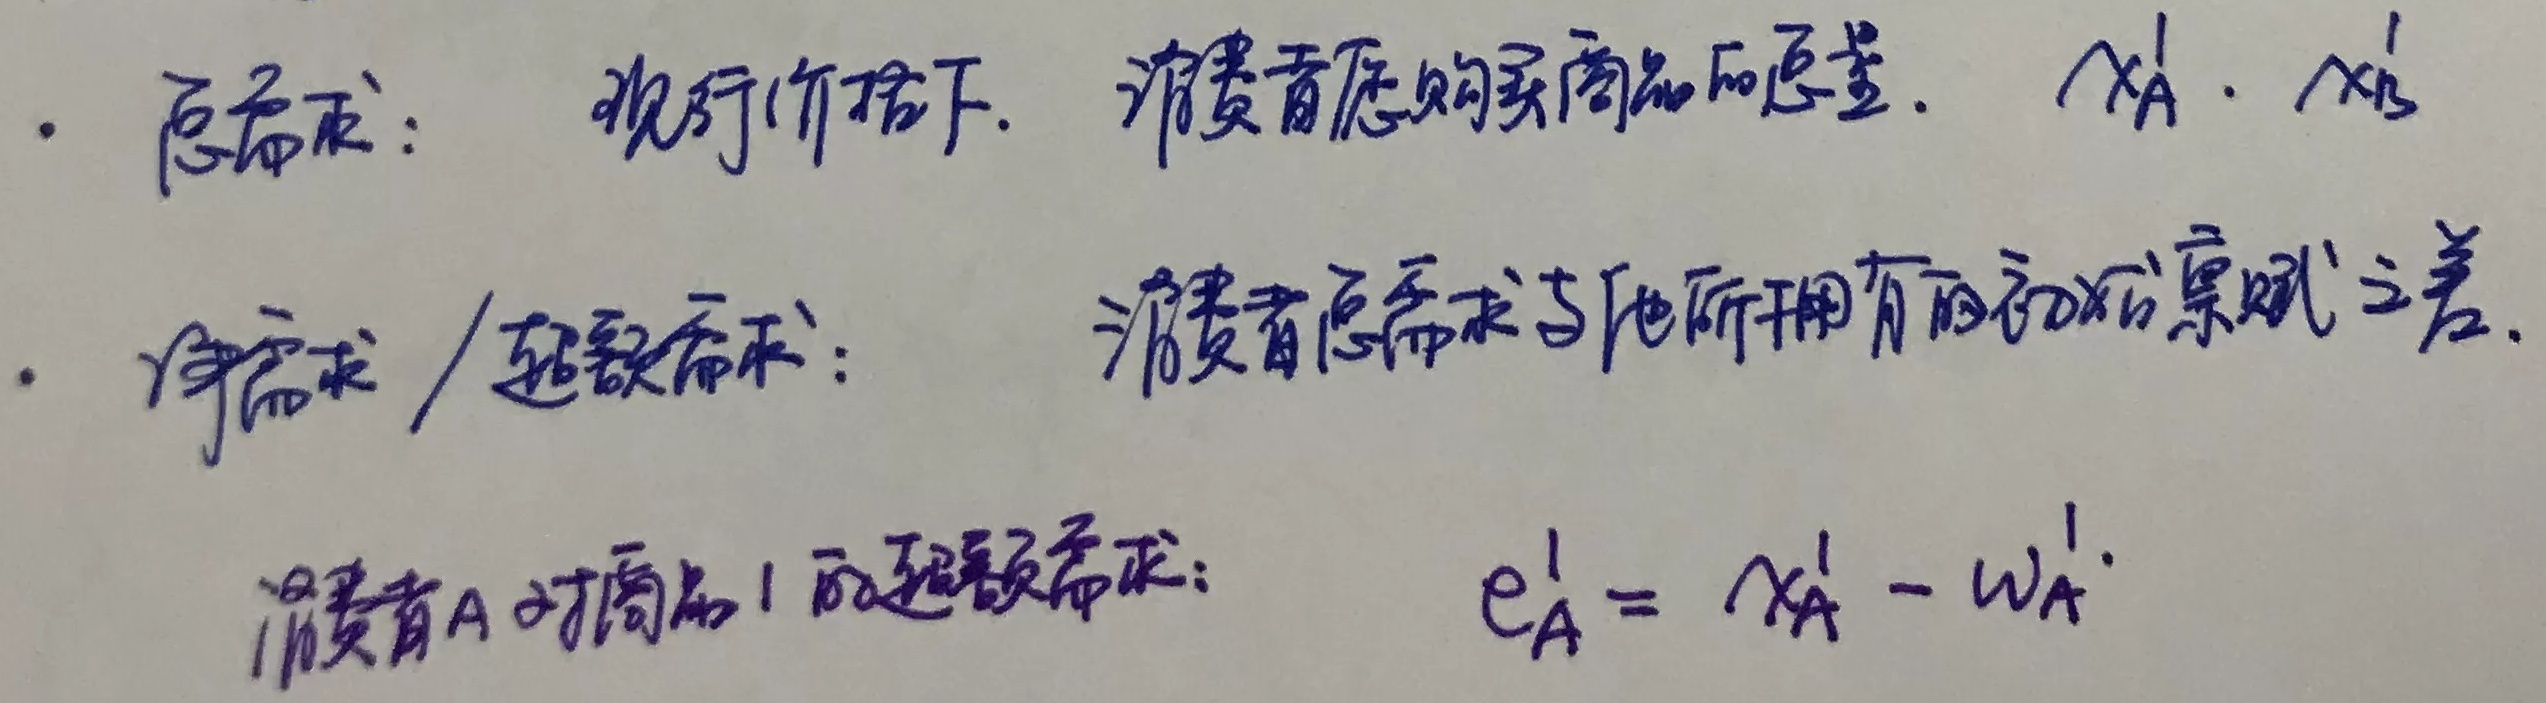
- 总需求：现行价格下，消费者愿购买商品的总量。$x_A^1,\ x_B^1$
- 净需求 / 超额需求：消费者总需求与他所拥有的初始禀赋之差。
- 消费者A对商品1的超额需求：$e_A^1 = x_A^1 - w_A^1$